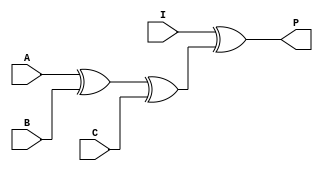
module parity (A,B,C,I,P);

    //Inputs
    input A;
    input B;
    input C;
    input I;

    //Outputs
    output P;

    //Components
    wire w1;
    wire w2;
    xor g1(w1,A,B);
    xor g2(w2,w1,C);
    xor g3(P,I,w2);

endmodule